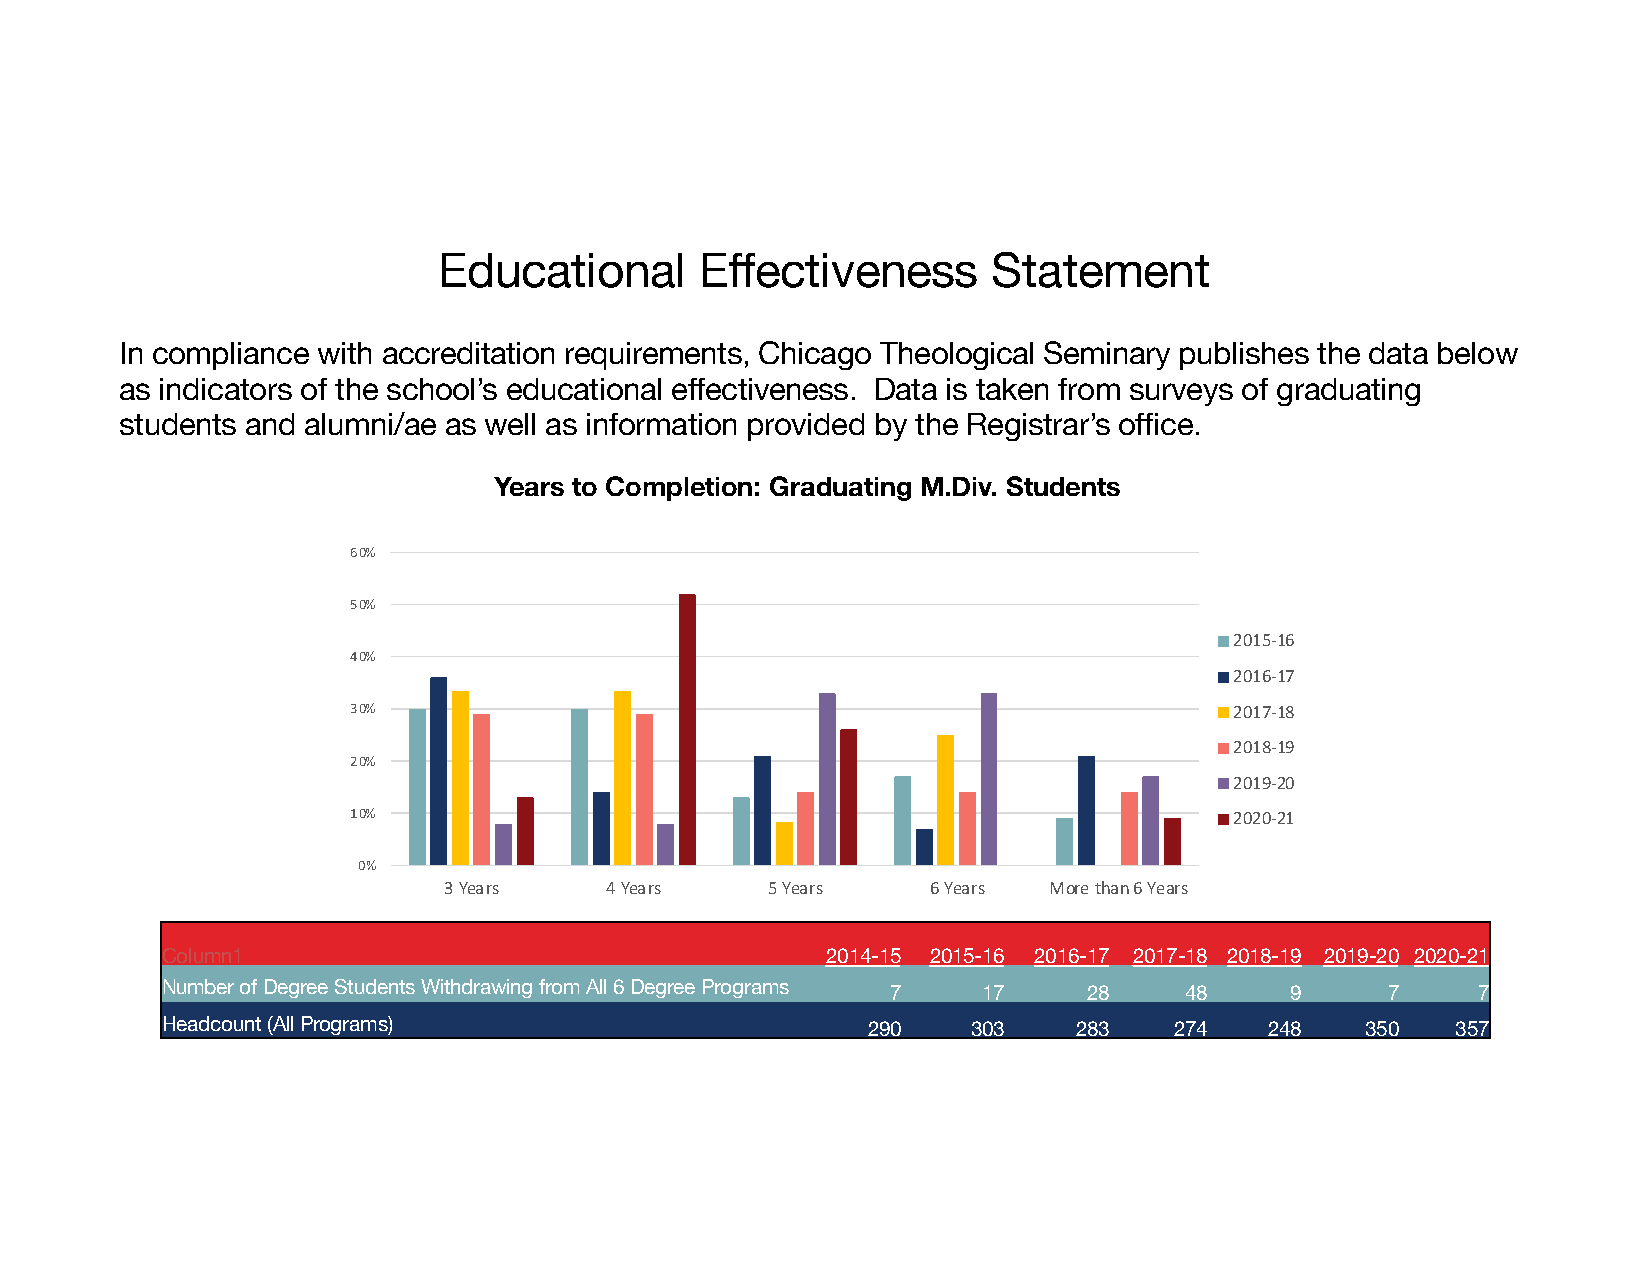
Educational      Effectiveness       Statement
 In compliance with accreditation requirements, Chicago Theological Seminary publishes the data below
 as indicators of the school’s educational effectiveness. Data is taken from surveys of graduating
 students and alumni/ae as well as information provided by the Registrar’s office.
 Years to Completion: Graduating M.Div. Students
 60%
 50%
 2015-16
 40%
 2016-17
 30%                                                        2017-18
 2018-19
 20%
 2019-20
 10%                                                        2020-21
 0%
 3 Years    4 Years    5 Years    6 Years More than 6 Years
 Column1                                     2014-15 2015-16 2016-17 2017-18 2018-19 2019-20 2020-21
 Number of Degree Students Withdrawing from All 6 Degree Programs 7 17 28 48 9    7     7
 Headcount (All Programs)                      290    303    283    274   248   350   357